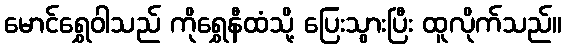
မောင်ရွှေဝါသည် ကိုရွှေနီထံသို့ ပြေးသွားပြီး ထူလိုက်သည်။